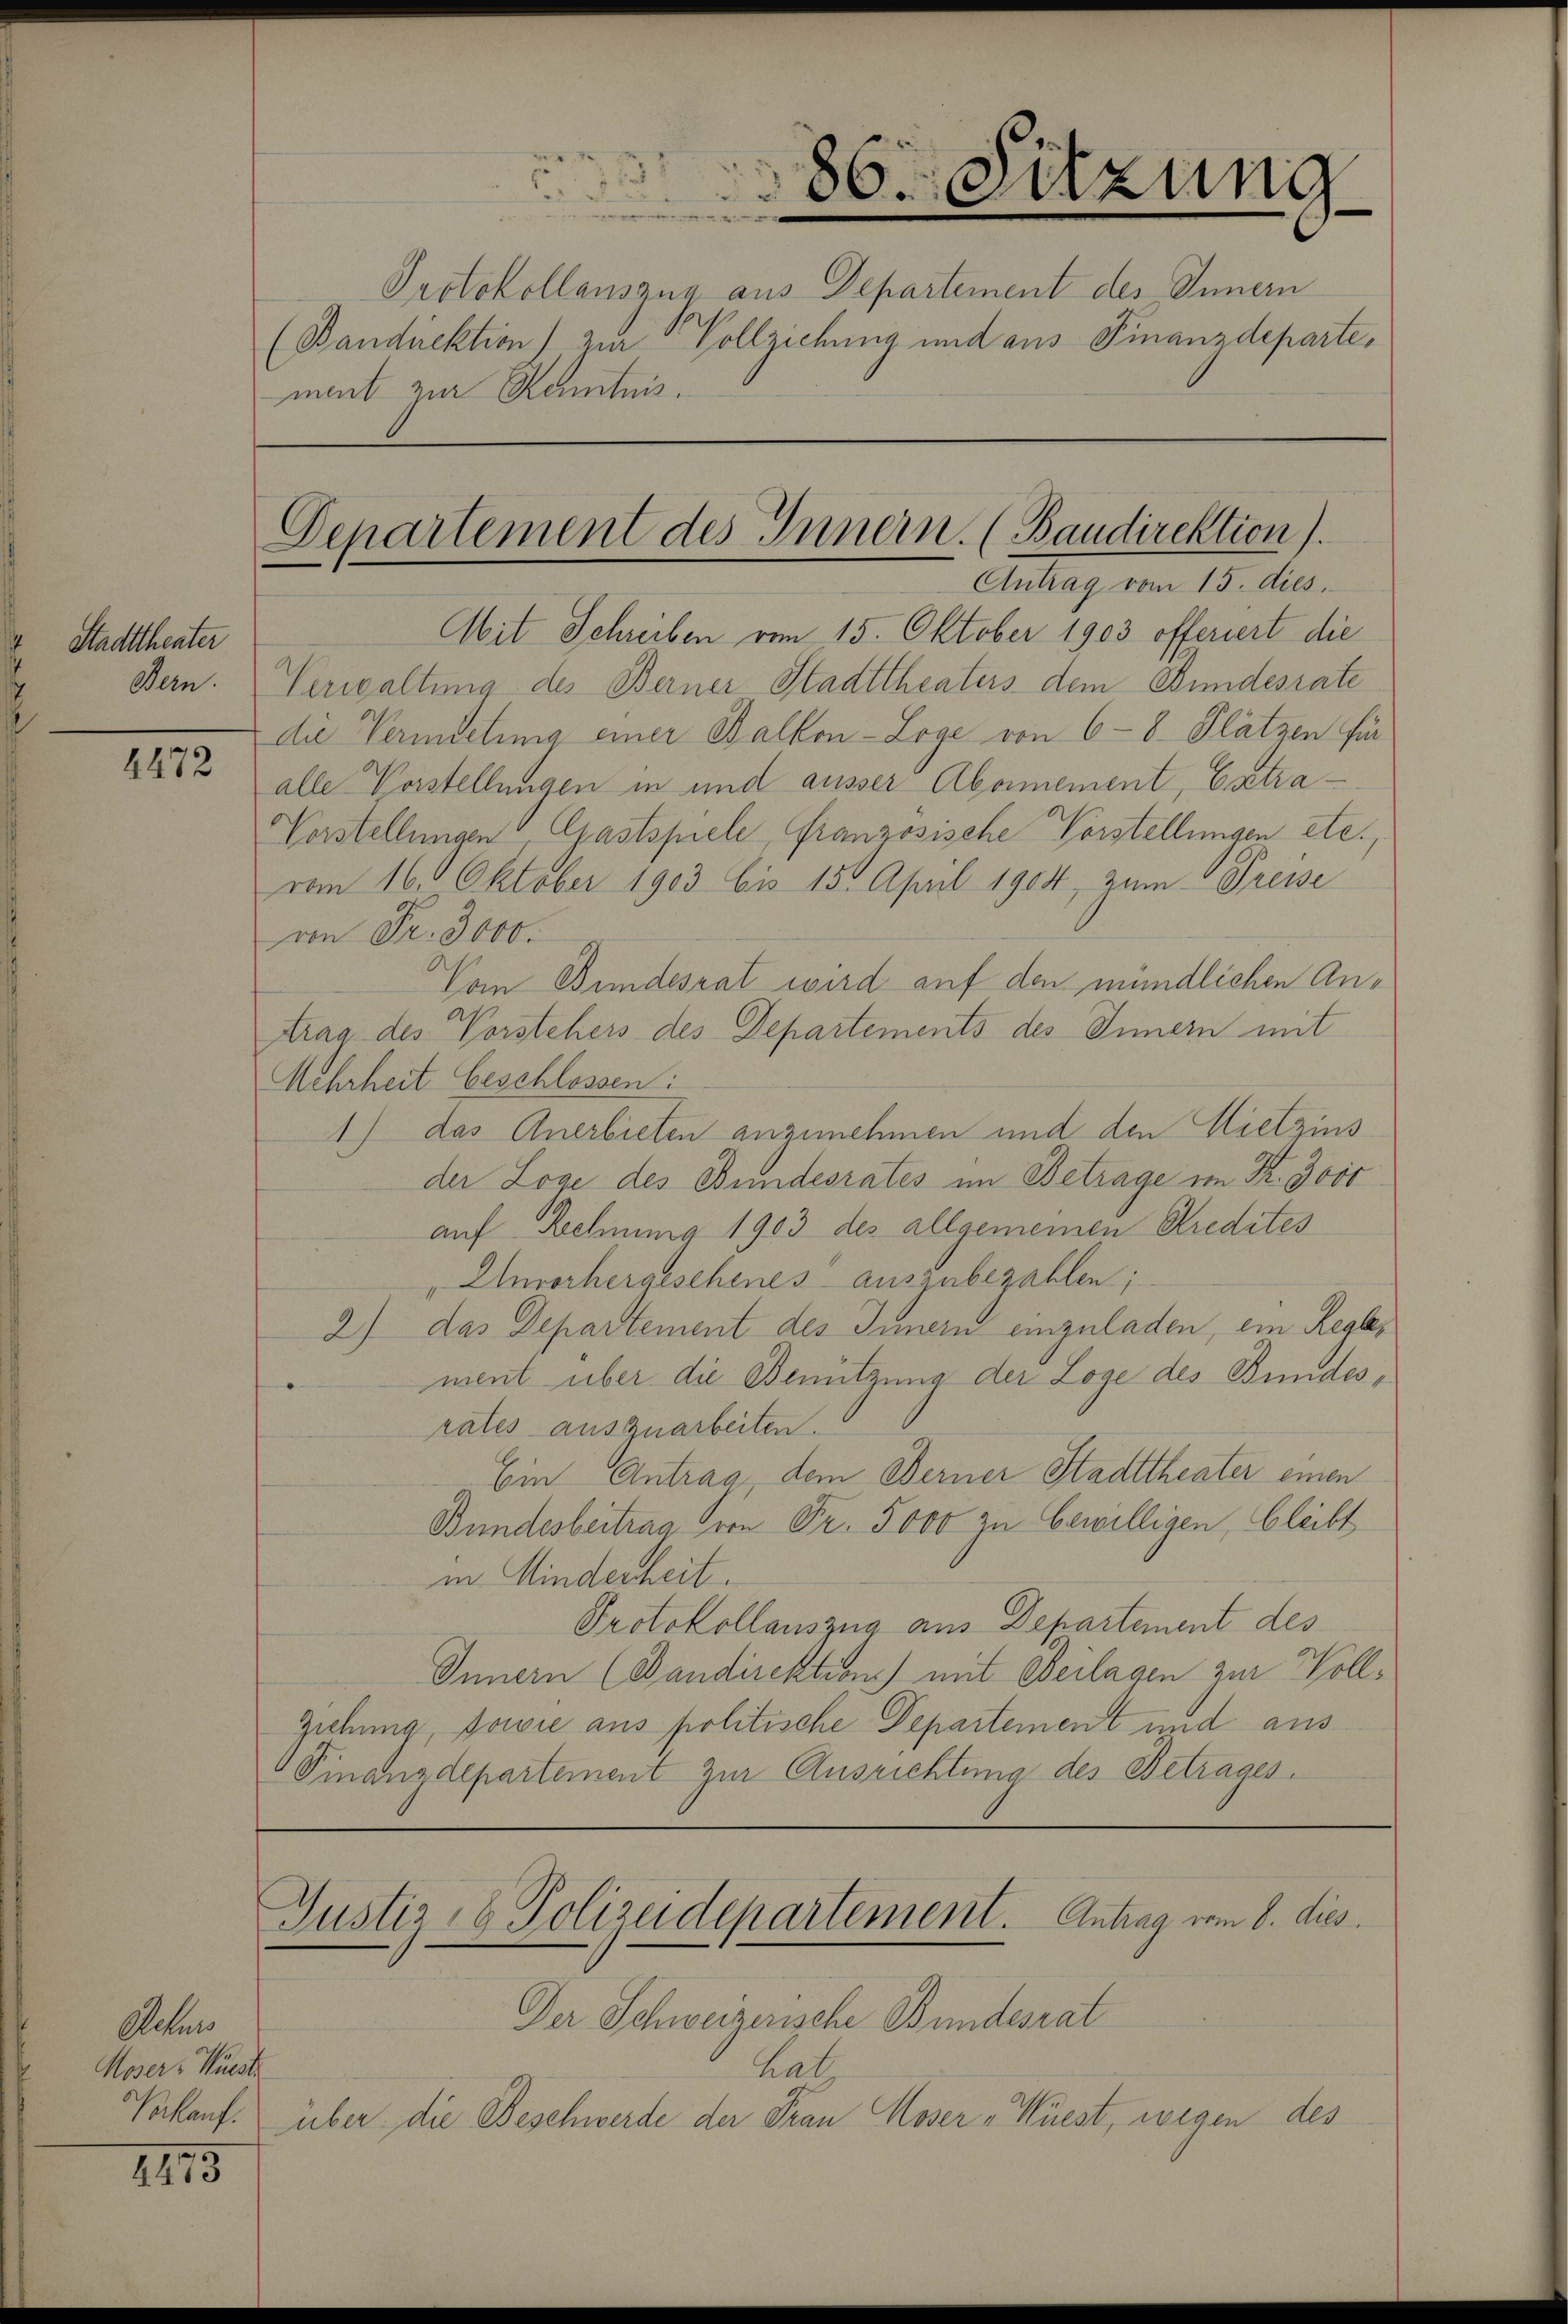
Stadttheater
Bern.

4472

Actum
Moser-Müsste

2475

86. Sitzung

Protokollauszug aus Departement des Innern
(Bandirektion) zur Vollziehung und aus Finanzdepartement zur Kenntnis.

Departement des Innern. (Baudirektion).
Antrag vom 15. dies
Mit Schreiben vom 15. Oktober 1903 offeriert die

Justiz- & Polizeidepartement. Antrag vom 8. dies

Verwaltung des Berner Stadttheaters dem Bundesrate
die Vermietung einer Balken-Loge von 6 - 8 Plätzen für
alle Vorstellungen in und ausser Abornement, Catra¬
Vorstellungen, Gastspiele, französische Vorstellungen etc.,
vom 16. Oktober 1903 bis 15. April 1904, zum Preise
von Fr. 3000.
Vom Bundesrat wird auf den mündlichen Antrag des Vorstehers des Departements des Innern mit
Mehrheit beschlossen:
1) das Anerbieten anzunehmen und den Mietzins
der Loge des Bundesrates im Betrage im Fr. 3000
auf Behnung 1903 des allgemeinen Kredites
"Unvorhergeschenes auszubezahlen;
2) das Departement des Innern einzuladen, ein Regler
ment über die Benützung der Loge des Bundesrates auszuarbeiten.
Ein Antrag, dem Ferner Stadttheater einen
Bundesbeitrag von Fr. 5000 zu bewilligen, bleibt
in Kinderheit.
Protokollauszug aus Departement des
Innern (Bandirektion) mit Beilagen zur Voll¬
Ziehung, sowie aus politische Departement und aus
Finanzdepartement zur Ausrichtung des Betrages.

Der Schweizerische Bundesrat
hat
Verkauf. über die Beschwerde der Frau Moser „Wüest, wegen des